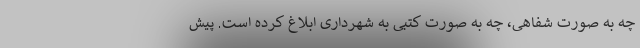
چه به صورت شفاهی، چه به صورت کتبی به شهرداری ابلاغ کرده است‌. پیش